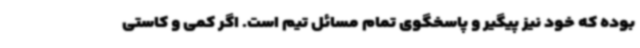
بوده که خود نیز پیگیر و پاسخگوی تمام مسائل تیم است. اگر کمی و کاستی